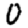
Digit: 0